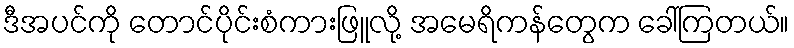
ဒီအပင်ကို တောင်ပိုင်းစံကားဖြူလို့ အမေရိကန်တွေက ခေါ်ကြတယ်။